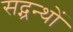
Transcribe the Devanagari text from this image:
सद्ग्रन्थों